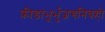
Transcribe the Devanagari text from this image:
क्रीडाभूर्भुजगनिवहो